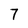
Character: 7